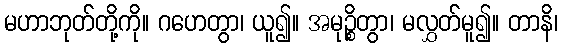
မဟာဘုတ်တို့ကို။ ဂဟေတွာ၊ ယူ၍။ အမုဉ္စိတွာ၊ မလွှတ်မူ၍။ တာနိ၊